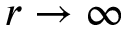
r \rightarrow \infty